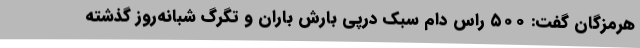
هرمزگان گفت: ۵۰۰ راس دام سبک درپی بارش باران و تگرگ شبانه‌روز گذشته